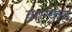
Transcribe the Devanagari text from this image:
वाल्वोद